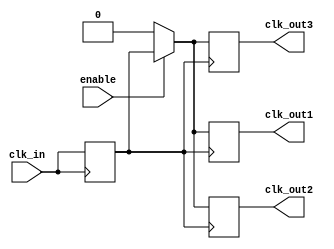
module ClockBuffer (
    input wire clk_in,          // Single-ended input clock signal
    input wire enable,          // Enable signal to control clock output
    output reg clk_out1,        // First output clock signal
    output reg clk_out2,        // Second output clock signal (can add more as needed)
    output reg clk_out3         // Third output clock signal (can add more as needed)
);

// Parameters for drive strength, these can be configured based on the specific requirements
parameter DRIVE_STRENGTH = 2; // Example drive strength (could represent multiple logic levels)
parameter DELAY = 2;           // Example propagation delay (in simulation time units)

// Internal signals
reg clk_buffer;

always @(posedge clk_in) begin
    clk_buffer <= clk_in;        // Store the input clock on rising edge
end

// Output assignments with enable control
always @(posedge clk_buffer) begin
    if (enable) begin
        #DELAY clk_out1 <= clk_buffer; // Drive output with a specified delay
        #DELAY clk_out2 <= clk_buffer; // Drive additional outputs as needed
        #DELAY clk_out3 <= clk_buffer;
    end else begin
        clk_out1 <= 1'b0;          // Disable outputs when not enabled
        clk_out2 <= 1'b0;
        clk_out3 <= 1'b0;
    end
end

endmodule